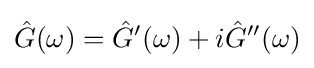
{\hat {G}}(\omega )={\hat {G}}'(\omega )+i{\hat {G}}''(\omega )